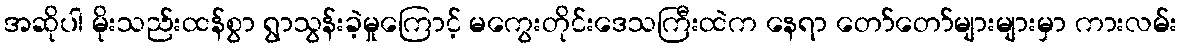
အဆိုပါ မိုးသည်းထန်စွာ ရွာသွန်းခဲ့မှုကြောင့် မကွေးတိုင်းဒေသကြီးထဲက နေရာ တော်တော်များများမှာ ကားလမ်း